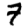
Digit: 7